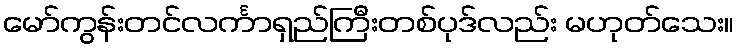
မော်ကွန်းတင်လင်္ကာရှည်ကြီးတစ်ပုဒ်လည်း မဟုတ်သေး။